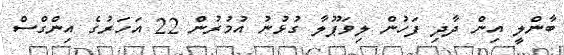
ބާންލީ އިން ދާދި ފަހުން ލިވަޕޫލާ ގުޅުނު އުމުރުން 22 އަހަރުގެ އިންގްސް